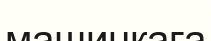
машинкаға